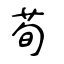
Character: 荀